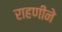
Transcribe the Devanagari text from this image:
राहणीने